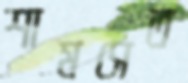
শামসেত